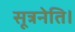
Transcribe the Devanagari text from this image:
सूत्रनेति।